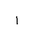
Letter: _alif